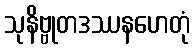
သုနိဗ္ဗုတဒဿနဟေတုံ